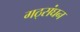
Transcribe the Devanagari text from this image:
गठ्संघन